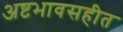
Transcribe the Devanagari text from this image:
अष्टभावसहीत